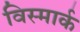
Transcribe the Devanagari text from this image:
विस्मार्क